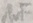
Text: 1uF